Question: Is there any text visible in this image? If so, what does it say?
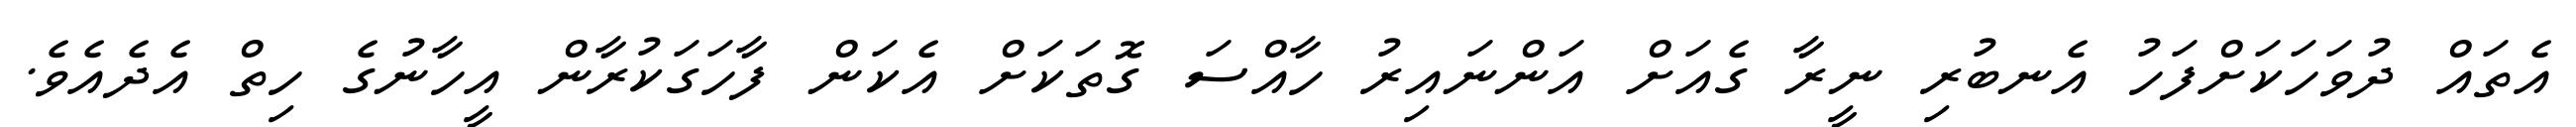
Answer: އެތައް ދުވަހަކަށްފަހު އެނބުރި ނީރާ ގެއަށް އަންނައިރު ހާއްސަ ގޮތަކަށް އެކަން ފާހަގަކުރާން އީހާނުގެ ހިތް އެދެއެވެ.